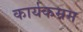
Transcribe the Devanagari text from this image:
कार्यकम्रम